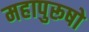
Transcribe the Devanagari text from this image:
महापुरूषो